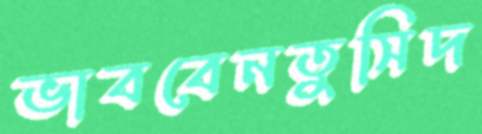
ভাববেনতুসিদ